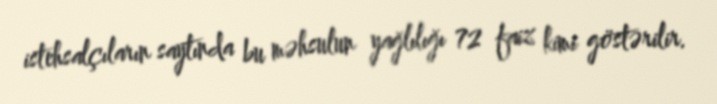
istehsalçıların saytında bu məhsulun yağlılığı 72 faiz kimi göstərilir.